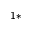
^ { 1 \ast }